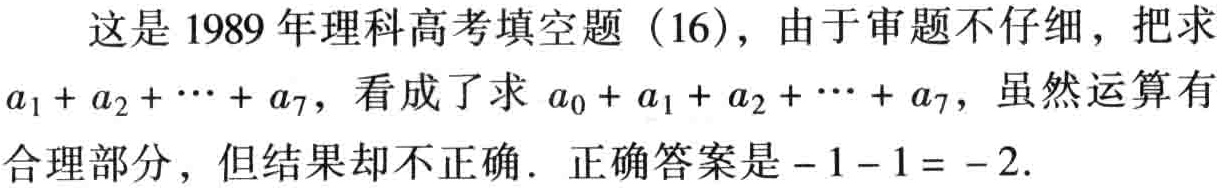
这是1989年理科高考填空题（16），由于审题不仔细，把求
\(a_{1}+a_{2}+\cdots +a_{7}\)，看成了求 \(a_{0}+a_{1}+a_{2}+\cdots +a_{7}\)，虽然运算有
合理部分，但结果却不正确. 正确答案是\(-1 - 1 = - 2\).